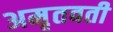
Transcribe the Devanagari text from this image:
अमृतवती